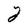
Character: Y